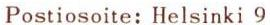
Postiosoite: Helsinki 9